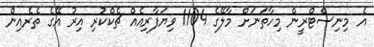
އެ މިނިސްޓްރީން މިހާތަނަށް މާލޭގެ 1104 ވިޔަފާރިއެއް ޗެކްކުރި އިރު އޭގެ ތެރެއިން